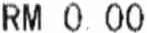
RM 0.00